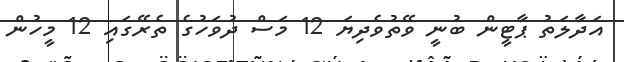
އަދާލަތު ޕާޓީން ބުނީ ވޭތުވެދިޔަ 12 މަސް ދުވަހުގެ ތެރޭގައި 12 މީހުން